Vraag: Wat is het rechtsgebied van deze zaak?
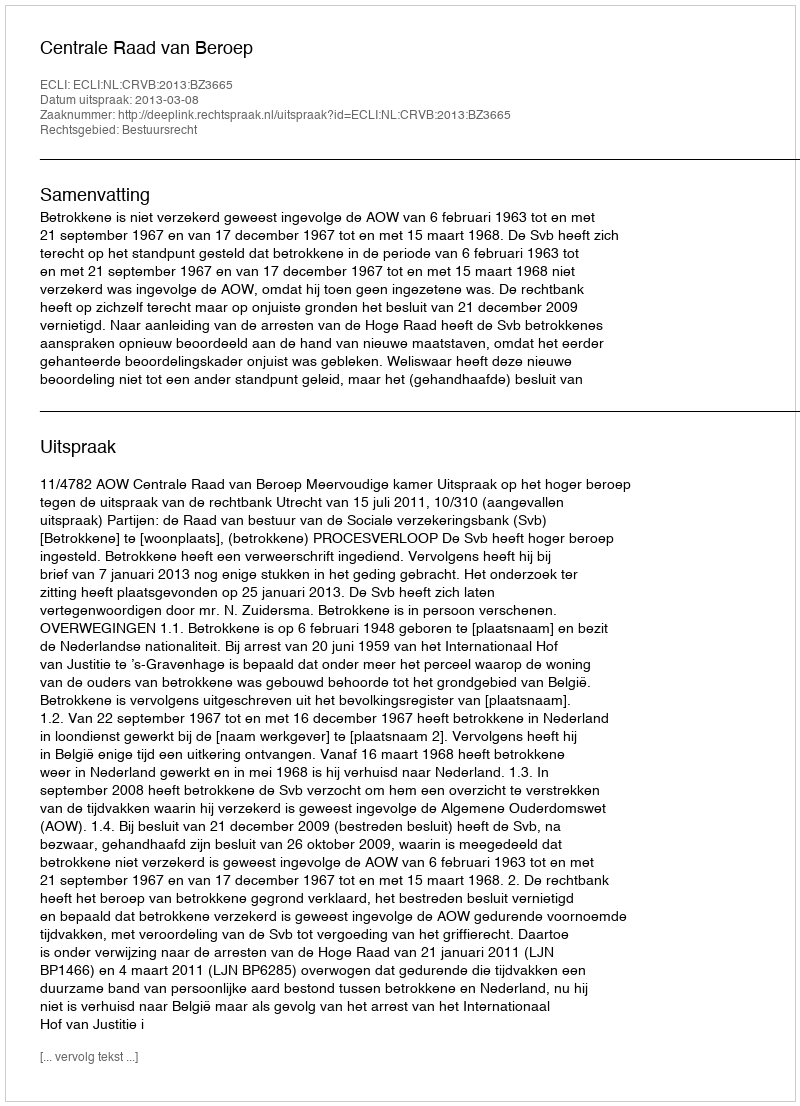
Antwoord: Bestuursrecht